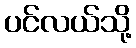
ပင်လယ်သို့